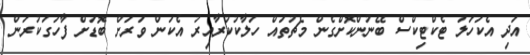
އަދި އެކަހަލަ ޓެކްޓިކްސް ބޭނުންކޮށްގެން މެޗުތައް ހަލާކުކުރާއިރު އެކަން ވަރަށް ބޮޑަށް ފާހަގަކުރަން